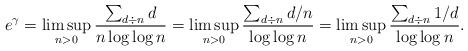
LaTeX: \begin{align*}e^\gamma = \limsup_{n>0} \frac{\sum_{d\div n} d}{n \log\log n} = \limsup_{n>0} \frac{\sum_{d\div n} d/n}{\log\log n} = \limsup_{n>0} \frac{\sum_{d\div n} 1/d}{\log\log n}.\end{align*}